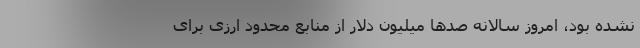
نشده بود، امروز سالانه صدها میلیون دلار از منابع محدود ارزی برای